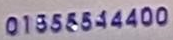
01555544400